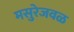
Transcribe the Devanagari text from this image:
मसुरेजवळ